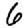
Digit: 6